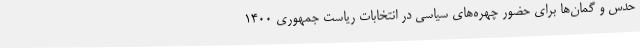
حدس و گمان‌ها برای حضور چهره‌های سیاسی در انتخابات ریاست جمهوری ۱۴۰۰